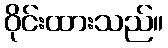
ဝိုင်းထားသည်။